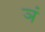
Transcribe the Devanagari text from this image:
ञं